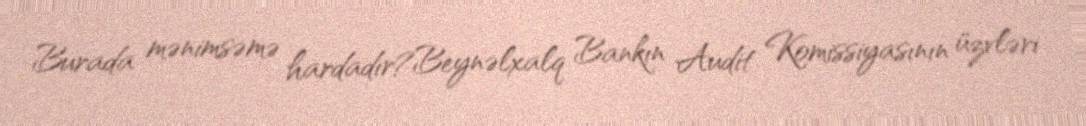
Burada mənimsəmə hardadır?Beynəlxalq Bankın Audit Komissiyasının üzvləri